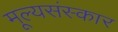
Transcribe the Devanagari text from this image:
मूल्यसंस्कार